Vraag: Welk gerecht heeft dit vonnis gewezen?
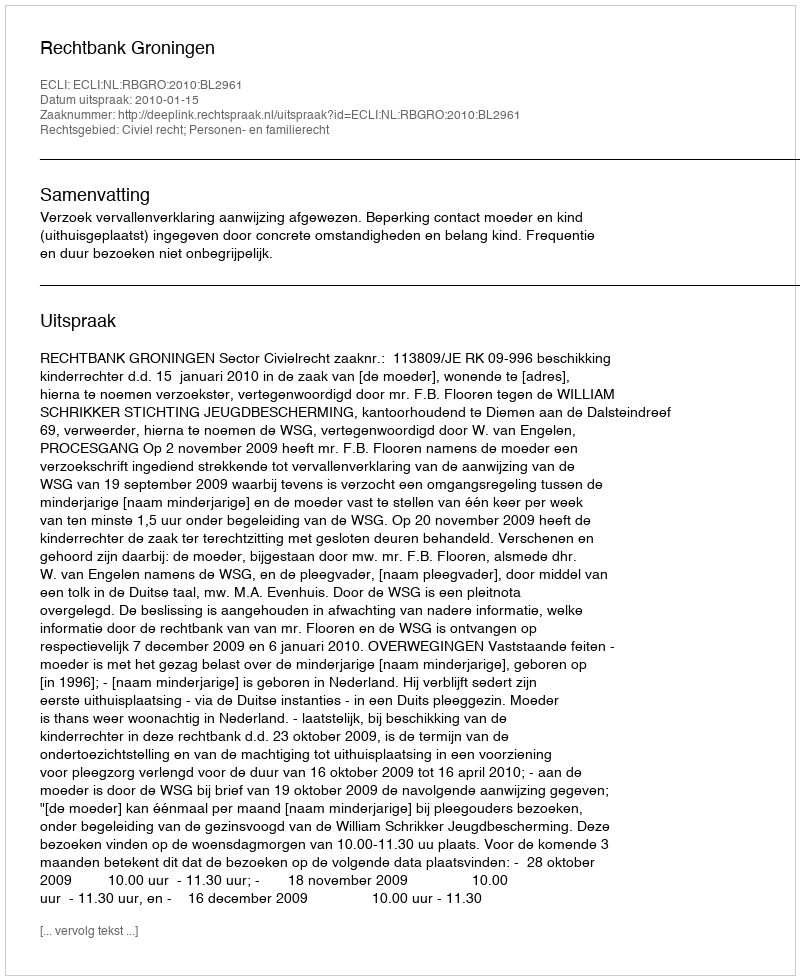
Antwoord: Rechtbank Groningen